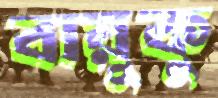
বায়ুকু